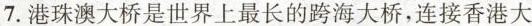
7.港珠澳大桥是世界上最长的跨海大桥，连接香港大